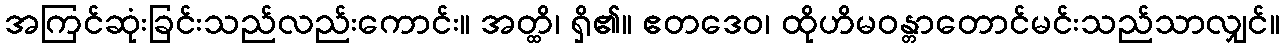
အကြင်ဆုံးခြင်းသည်လည်းကောင်း။ အတ္ထိ၊ ရှိ၏။ ဧတဒေဝ၊ ထိုဟိမဝန္တာတောင်မင်းသည်သာလျှင်။